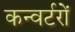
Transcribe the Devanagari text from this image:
कन्वर्टरों